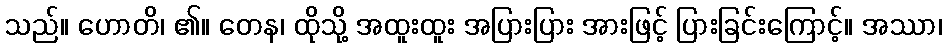
သည်။ ဟောတိ၊ ၏။ တေန၊ ထိုသို့ အထူးထူး အပြားပြား အားဖြင့် ပြားခြင်းကြောင့်။ အဿာ၊